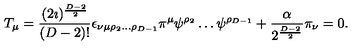
T _ { \mu } = \frac { ( 2 \imath ) ^ { \frac { D - 2 } { 2 } } } { ( D - 2 ) ! } \epsilon _ { \nu \mu \rho _ { 2 } \ldots \rho _ { D - 1 } } \pi ^ { \mu } \psi ^ { \rho _ { 2 } } \ldots \psi ^ { \rho _ { D - 1 } } + \frac { \alpha } { 2 ^ { \frac { D - 2 } { 2 } } } \pi _ { \nu } = 0 .